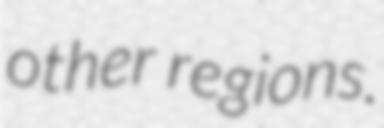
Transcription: other regions.